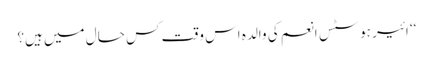
‘‘ ائیر ہوسٹس انعم کی والدہ اس وقت کس حال میں ہیں؟